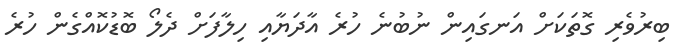
ބިރުވެރި ގޮތަކަށް އަނގައިން ނުބުނެ ހުރެ އާދަޔާއި ހިލާފަށް ދެލޯ ބޮޑުކޮއްގެން ހުރެ